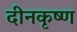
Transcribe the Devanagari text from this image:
दीनकृष्ण